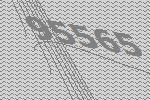
95565